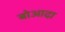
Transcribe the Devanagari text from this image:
बोआदा